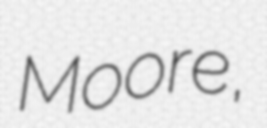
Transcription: Moore,